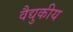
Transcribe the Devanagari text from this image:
वैद्युकीय